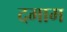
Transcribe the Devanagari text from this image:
दमाम